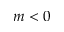
m < 0